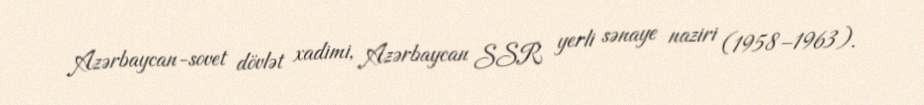
Azərbaycan-sovet dövlət xadimi, Azərbaycan SSR yerli sənaye naziri (1958–1963).